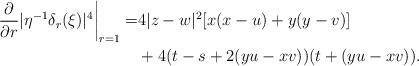
LaTeX: \begin{align*}\left.\frac{\partial}{\partial r} |\eta^{-1}\delta_r(\xi)|^4\right|_{r=1} =&4|z-w|^2[x(x-u)+y(y-v)]\\ &+4(t-s+2(yu-xv))(t+(yu-xv)).\end{align*}